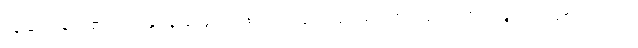
ယူဆ နေရာ၏။ ရုပ်နှင့်နာမ် ပေါင်းစပ်၍ လူဟု ခေါ်ဝေါ်အပ်သာ ပညတ်မျှသာ ဖြစ်ကြောင်း